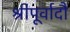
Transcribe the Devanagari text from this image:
श्रीपूर्वादौ